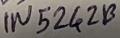
Text: IN5242B